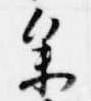
参